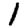
Digit: 1